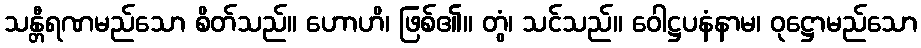
သန္တီရဏမည်သော စိတ်သည်။ ဟောဟိ၊ ဖြစ်၏။ တွံ၊ သင်သည်။ ဝေါဋ္ဌပနံနာမ၊ ဝုဋ္ဌောမည်သော